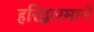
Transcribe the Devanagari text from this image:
हरिद्वारमार्गे